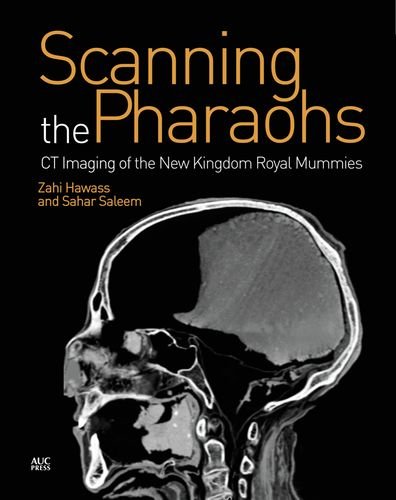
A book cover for Scanning the Pharaohs: CT Imaging of the New Kingdom Royal Mummies; Zahi Hawass; History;